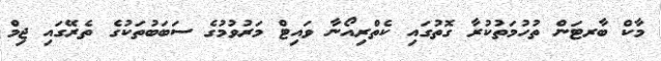
މާކް ބާރޓަން ތުހުމަތުކުރާ ގޮތުގައި ކެތްރިއޯނާ ވައިޓް މަރުވުމުގެ ސަބަބުތަކުގެ ތެރޭގައި ޖިމް